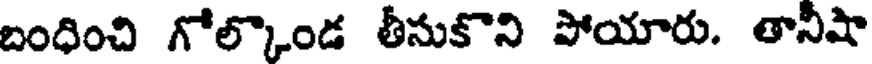
బంధించి గోల్కొండ తీసుకొని పోయారు. తానీషా